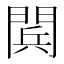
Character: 𨴴